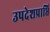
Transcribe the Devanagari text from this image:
उपदेशप्राप्ति